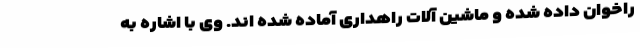
راخوان داده شده و ماشین آلات راهداری آماده شده اند. وی با اشاره به